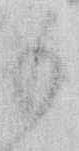
も